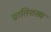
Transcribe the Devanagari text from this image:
प्रातिशख्य